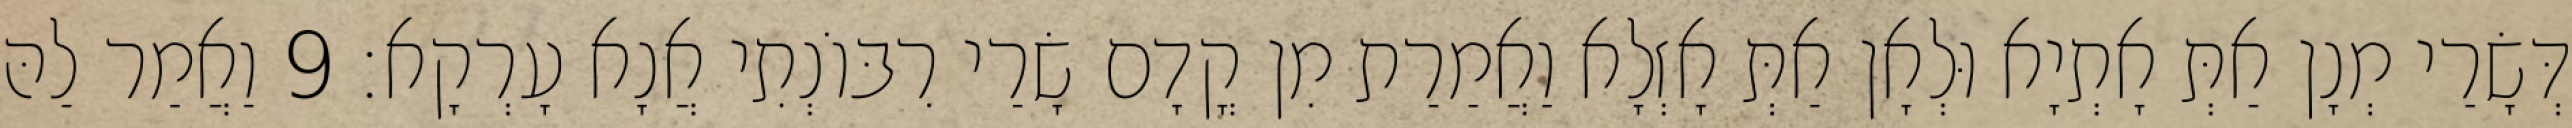
דְּשָׂרַי מְנָן אַתְּ אָתְיָא וּלְאָן אַתְּ אָזְלָא וַאֲמַרַת מִן קֳדָם שָׂרַי רִבּוֹנְתִי אֲנָא עָרְקָא׃ 9 וַאֲמַר לַהּ